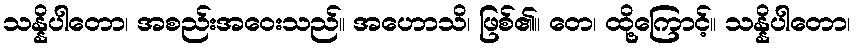
သန္နိပါတော၊ အစည်းအဝေးသည်။ အဟောသိ၊ ဖြစ်၏။ တေ၊ ထို့ကြောင့်။ သန္နိပါတော၊